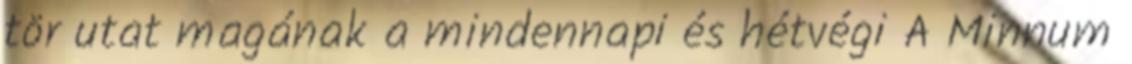
tör utat magának a mindennapi és hétvégi A Minnum